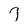
Character: 7